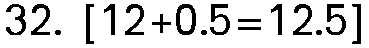
32. [12+0.5=12.5]